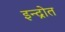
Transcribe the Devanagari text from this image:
इन्द्रोत